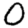
Digit: 0